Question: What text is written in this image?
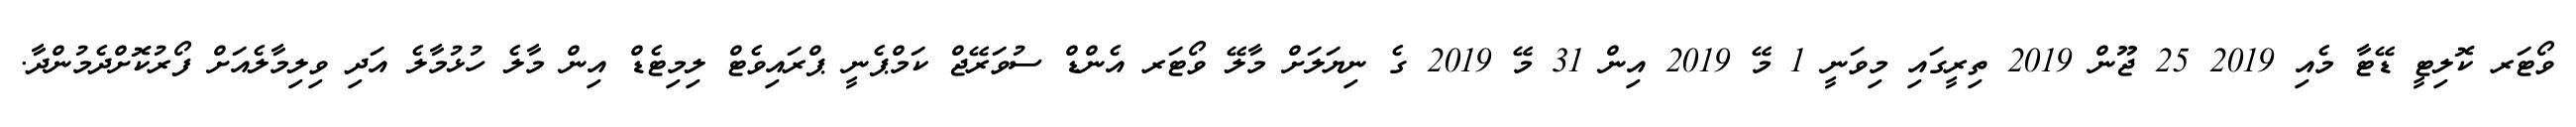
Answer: ވޯޓަރ ކޮލިޓީ ޑޭޓާ މެއި 2019 25 ޖޫން 2019 ތިރީގައި މިވަނީ 1 މޭ 2019 އިން 31 މޭ 2019 ގެ ނިޔަލަށް މާލޭ ވޯޓަރ އެންޑް ސުވަރޭޖް ކަމްޕެނީ ޕްރައިވެޓް ލިމިޓެޑް އިން މާލެ ހުޅުމާލެ އަދި ވިލިމާލެއަށް ފޯރުކޮށްދެމުންދާ.